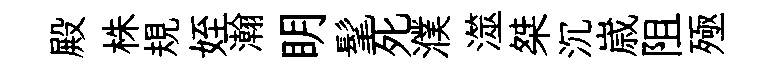
殿株規姪瀚眀髦死濮澨桀沉𡻕阻殛